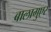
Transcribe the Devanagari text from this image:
बालागुएर